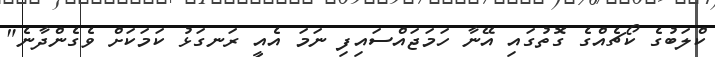
ކްލަބުގެ ކޯޗެއްގެ ގޮތުގައި އޭނާ ހަމަޖައްސައިފި ނަމަ އެއީ ރަނގަޅު ކަމަކަށް ވެގެންދާނެ"